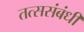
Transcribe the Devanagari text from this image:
तत्ससंबंधी